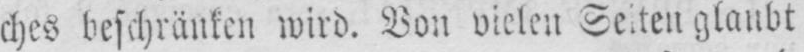
ches beschränken wird. Von vielen Seiten glaubt